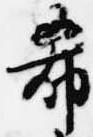
希